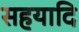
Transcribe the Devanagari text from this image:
सहयादि